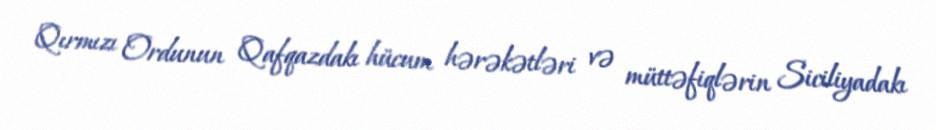
Qırmızı Ordunun Qafqazdakı hücum hərəkətləri və müttəfiqlərin Siciliyadakı